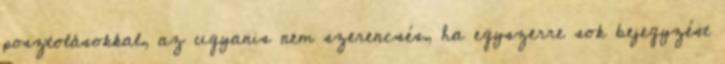
posztolásokkal, az ugyanis nem szerencsés, ha egyszerre sok bejegyzést